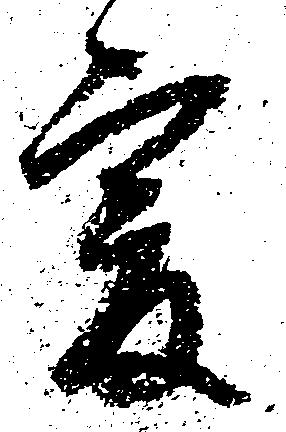
爰